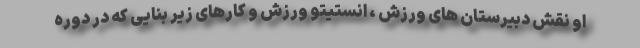
او نقش دبیرستان های ورزش ، انستیتو ورزش و کارهای زیر بنایی که در دوره